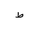
Letter: _da